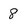
Character: 8